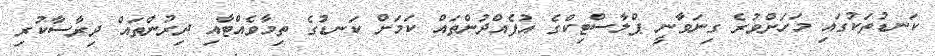
ކަނޑުތަކުގައި މަހަށްވުރެ ގިނަވާނީ ޕްލާސްޓިކްގެ އުފެއްދުންތައް ކަމަށް ކަނޑުގެ ތިމާވެއްޓާއި ދިރުންތައް ދިރާސާކުރި